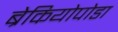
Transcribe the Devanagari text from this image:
ब्रेकियोपोडा